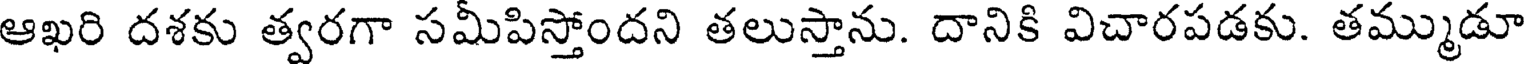
ఆఖరి దశకు త్వరగా సమీపిస్తోందని తలుస్తాను. దానికి విచారపడకు. తమ్ముడూ